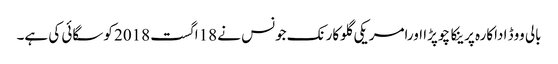
بالی ووڈ اداکارہ پرینکا چوپڑا اورامریکی گلوکارنک جونس نے 18اگست 2018 کوسگائی کی ہے۔